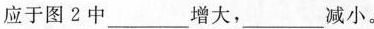
应于图2中___增大，___减小。